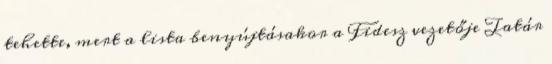
tehette, mert a lista benyújtásakor a Fidesz vezetője Tatár